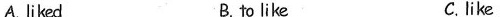
A. likec B. to like C. like